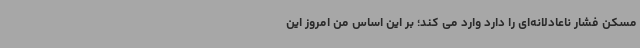
مسکن فشار ناعادلانه‌ای را دارد وارد می کند؛ بر این اساس من امروز این